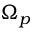
\Omega _ { p }